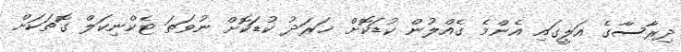
ދިރާސާގެ އަލީގައި އެންމެ ގެއްލުން ކުޑަކޮށް ޚަރަދު ކުޑަކޮށް ނުވަތަ ޓެކްނިކަލް ގޮތަކަށް